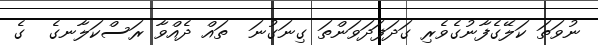
ނުވަތަ ކަލޭގެފާނުގެވެރި ގަދަފަދަވަންތަ ގިނަގުނަ  ތައް ދެއްވާ ރަސްކަލާނގެ  ގެ